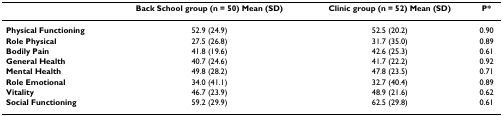
|  | Back School group (n = 50) Mean (SD) | Clinic group (n = 52) Mean (SD) | P* |
 | --- | --- | --- | --- |
 | Physical Functioning | 52.9 (24.9) | 52.5 (20.2) | 0.90 |
 | Role Physical | 27.5 (26.8) | 31.7 (35.0) | 0.89 |
 | Bodily Pain | 41.8 (19.6) | 42.6 (25.3) | 0.61 |
 | General Health | 40.7 (24.6) | 41.7 (22.2) | 0.92 |
 | Mental Health | 49.8 (28.2) | 47.8 (23.5) | 0.71 |
 | Role Emotional | 34.0 (41.1) | 32.7 (40.4) | 0.89 |
 | Vitality | 46.7 (23.9) | 48.9 (21.6) | 0.62 |
 | Social Functioning | 59.2 (29.9) | 62.5 (29.8) | 0.61 |